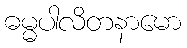
ဓမ္မပါလိတနာမော